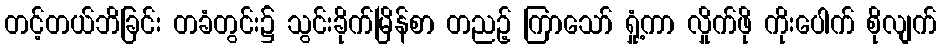
တင့်တယ်ဘိခြင်း တခံတွင်း၌ သွင်းခိုက်မြိန်စာ တညဉ့် ကြာသော် ရှုံ့ကာ လှိုက်ဖို ကိုးပေါက် စိုလျက်